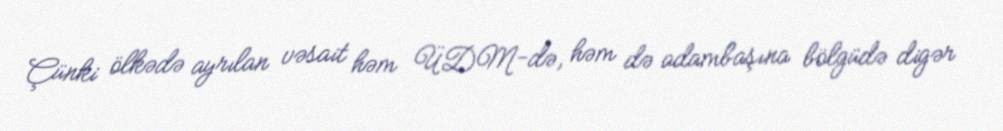
Çünki ölkədə ayrılan vəsait həm ÜDM-də, həm də adambaşına bölgüdə digər